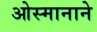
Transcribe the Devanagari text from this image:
ओस्मानाने